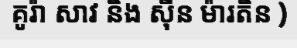
គូរ៉ា សាវ និង ស៊ីន ម៉ារតិន )